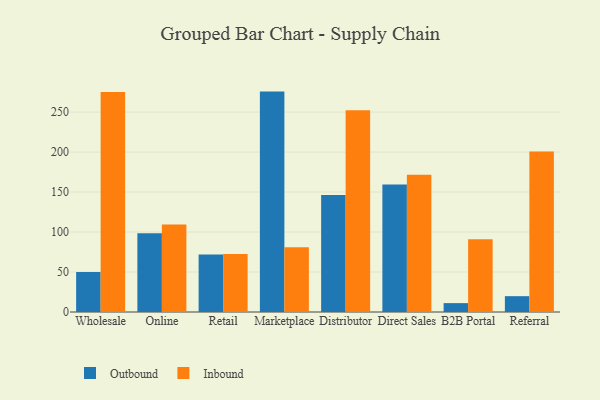
{"axis": {"x": "Channel", "y": "Revenue (USD Million)"}, "legend": ["Inbound", "Outbound"], "data": [{"x": "Wholesale", "y": 50.0, "type": "Outbound"}, {"x": "Wholesale", "y": 275.1, "type": "Inbound"}, {"x": "Online", "y": 98.5, "type": "Outbound"}, {"x": "Online", "y": 109.5, "type": "Inbound"}, {"x": "Retail", "y": 71.9, "type": "Outbound"}, {"x": "Retail", "y": 72.4, "type": "Inbound"}, {"x": "Marketplace", "y": 275.6, "type": "Outbound"}, {"x": "Marketplace", "y": 81.1, "type": "Inbound"}, {"x": "Distributor", "y": 146.4, "type": "Outbound"}, {"x": "Distributor", "y": 252.3, "type": "Inbound"}, {"x": "Direct Sales", "y": 159.5, "type": "Outbound"}, {"x": "Direct Sales", "y": 171.6, "type": "Inbound"}, {"x": "B2B Portal", "y": 11.1, "type": "Outbound"}, {"x": "B2B Portal", "y": 91.0, "type": "Inbound"}, {"x": "Referral", "y": 19.8, "type": "Outbound"}, {"x": "Referral", "y": 200.7, "type": "Inbound"}]}